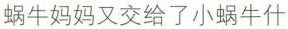
蜗牛妈妈又交给了小蜗牛什